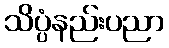
သိပ္ပံနည်းပညာ